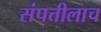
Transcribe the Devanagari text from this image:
संपत्तीलाच